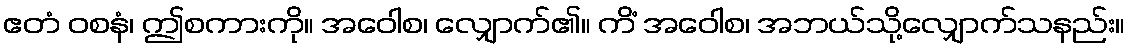
ဧတံ ဝစနံ၊ ဤစကားကို။ အဝေါစ၊ လျှောက်၏။ ကိံ အဝေါစ၊ အဘယ်သို့လျှောက်သနည်း။